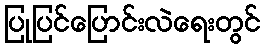
ပြုပြင်ပြောင်းလဲရေးတွင်